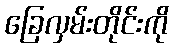
ခြေလှမ်းတိုင်းကို